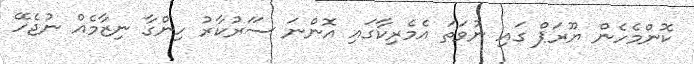
ކޮންމެހެން ޔޫރަޕް ގައި ނުވަތަ އެމެރިކާގައި އޮންނަ ސަަރުކާރު ހިންގާ ނިޒާމެއް ނުޖެހޭ